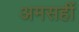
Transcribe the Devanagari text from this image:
अमसहीं